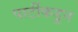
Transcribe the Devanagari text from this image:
पार्टीकडून